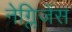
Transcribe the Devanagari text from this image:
नेग्लिजेंस